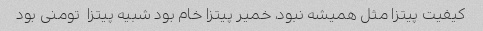
کیفیت پیتزا مثل همیشه نبود، خمیر پیتزا خام بود شبیه پیتزا  تومنی بود